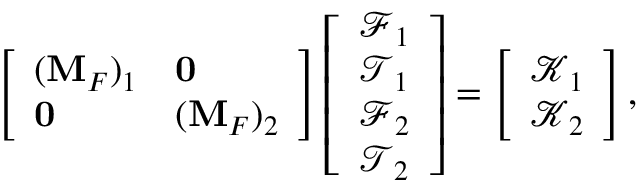
\left[ \begin{array} { l l } { ( \mathbf { M } _ { F } ) _ { 1 } } & { \mathbf { 0 } } \\ { \mathbf { 0 } } & { ( \mathbf { M } _ { F } ) _ { 2 } } \end{array} \right] \left[ \begin{array} { l } { \boldsymbol { \mathcal { F } } _ { 1 } } \\ { \boldsymbol { \mathcal { T } } _ { 1 } } \\ { \boldsymbol { \mathcal { F } } _ { 2 } } \\ { \boldsymbol { \mathcal { T } } _ { 2 } } \end{array} \right] = \left[ \begin{array} { l } { \boldsymbol { \mathcal { K } } _ { 1 } } \\ { \boldsymbol { \mathcal { K } } _ { 2 } } \end{array} \right] ,